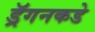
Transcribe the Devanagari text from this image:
ड्रॅगनकडे